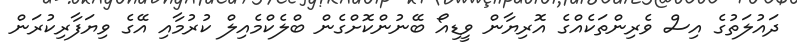
ދައުލަތުގެ އިސް ވެރިންތަކެއްގެ އޮރިޔާން ވީޑިއޯ ބޭނުންކޮށްގެން ބްލެކްމެއިލް ކުރުމާއި އޭގެ ވިޔަފާރިކުރަން